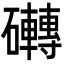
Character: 𮁗